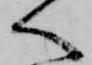
へ